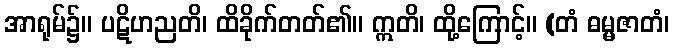
အာရုမ်၌။ ပဋိဟညတိ၊ ထိခိုက်တတ်၏။ ဣတိ၊ ထို့ကြောင့်။ (တံ ဓမ္မဇာတံ၊